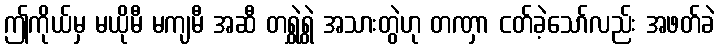
ဤကိုယ်မှ မယိုမီ မကျမီ အဆီ တရွှဲရွှဲ အသားတွဲဟု တဏှာ ငတ်ခဲ့သော်လည်း အဖတ်ခဲ